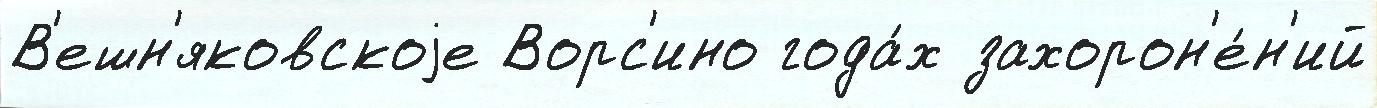
В'ешн'яковскоjе Ворс'ино года́х захорон'е́н'ий